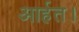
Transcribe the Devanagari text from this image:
आर्हत।